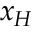
x _ { H }